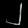
Digit: ၂